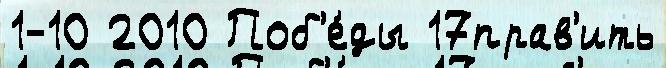
1-10 2010 Поб'е́ды 17прав'ить